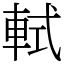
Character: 軾